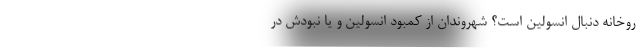
روخانه دنبال انسولین است؟ شهروندان از کمبود انسولین و یا نبودش در